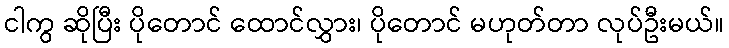
ငါကွ ဆိုပြီး ပိုတောင် ထောင်လွှား၊ ပိုတောင် မဟုတ်တာ လုပ်ဦးမယ်။